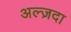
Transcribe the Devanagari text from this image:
अल्ज़दा